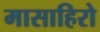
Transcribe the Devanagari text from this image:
मासाहिरो